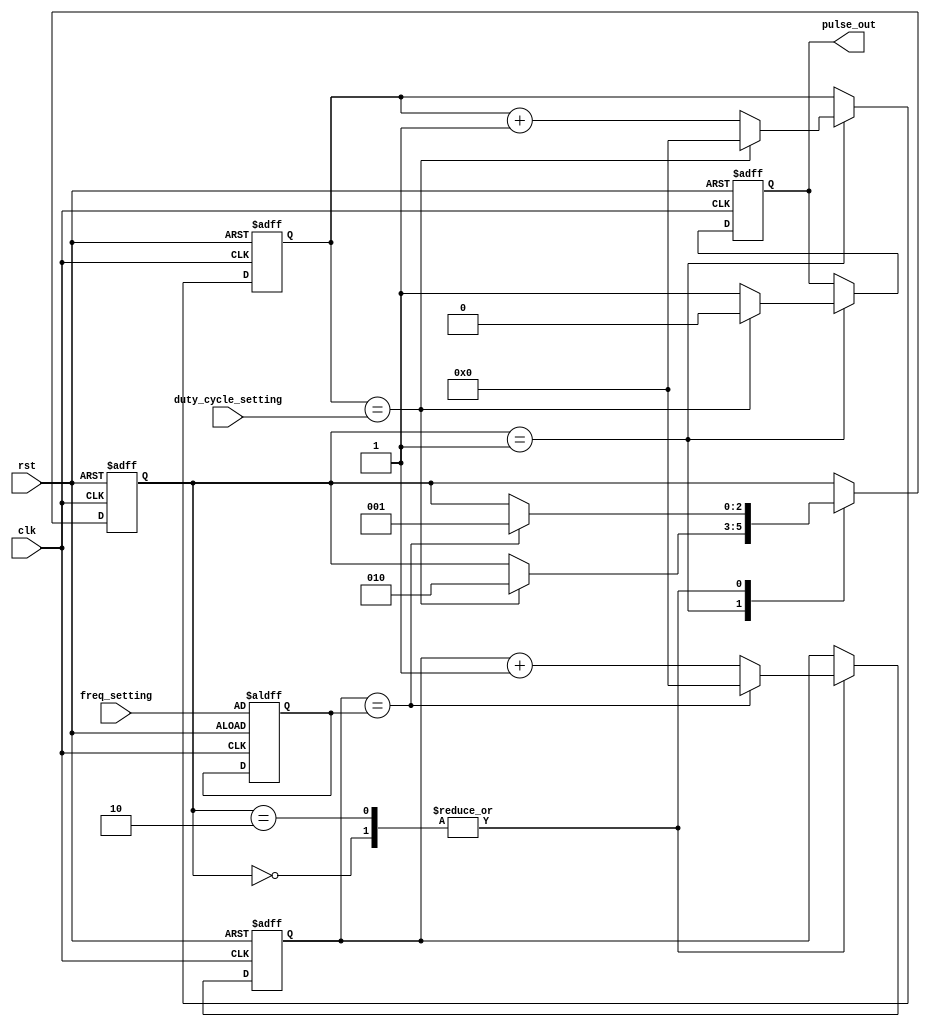
module pulse_generator (
    input wire clk,
    input wire rst,
    input wire [31:0] freq_setting,
    input wire [31:0] duty_cycle_setting,
    output reg pulse_out
);

reg [31:0] count_reg;
reg [31:0] freq_divider;
reg [2:0] state;
reg [31:0] duty_cycle_counter;

parameter STATE_IDLE = 3'b000;
parameter STATE_PULSE_ON = 3'b001;
parameter STATE_PULSE_OFF = 3'b010;

always @ (posedge clk or posedge rst)
begin
    if (rst)
    begin
        count_reg <= 0;
        freq_divider <= freq_setting;
        state <= STATE_IDLE;
        duty_cycle_counter <= 0;
        pulse_out <= 0;
    end
    else
    begin
        case(state)
            STATE_IDLE:
            begin
                if (count_reg == freq_divider)
                begin
                    count_reg <= 0;
                    state <= STATE_PULSE_ON;
                end
                else
                begin
                    count_reg <= count_reg + 1;
                end
            end
            
            STATE_PULSE_ON:
            begin
                if (duty_cycle_counter == duty_cycle_setting)
                begin
                    duty_cycle_counter <= 0;
                    pulse_out <= 0;
                    state <= STATE_PULSE_OFF;
                end
                else
                begin
                    duty_cycle_counter <= duty_cycle_counter + 1;
                    pulse_out <= 1;
                end
            end
            
            STATE_PULSE_OFF:
            begin
                if (count_reg == freq_divider)
                begin
                    count_reg <= 0;
                    state <= STATE_PULSE_ON;
                end
                else
                begin
                    count_reg <= count_reg + 1;
                end
            end
        endcase
    end
end

endmodule